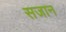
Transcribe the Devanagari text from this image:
सजान